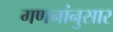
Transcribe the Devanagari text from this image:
गणनांनुसार